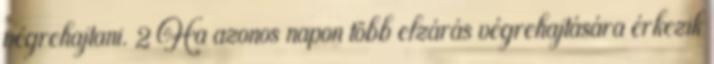
végrehajtani. 2 Ha azonos napon több elzárás végrehajtására érkezik